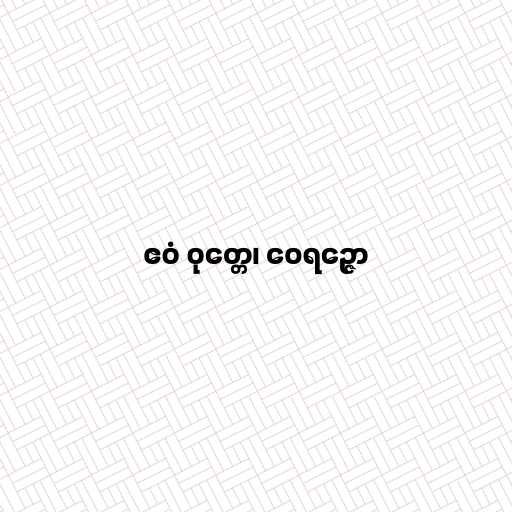
ဧဝံ ဝုတ္တေ၊ ဝေရဉ္ဇော